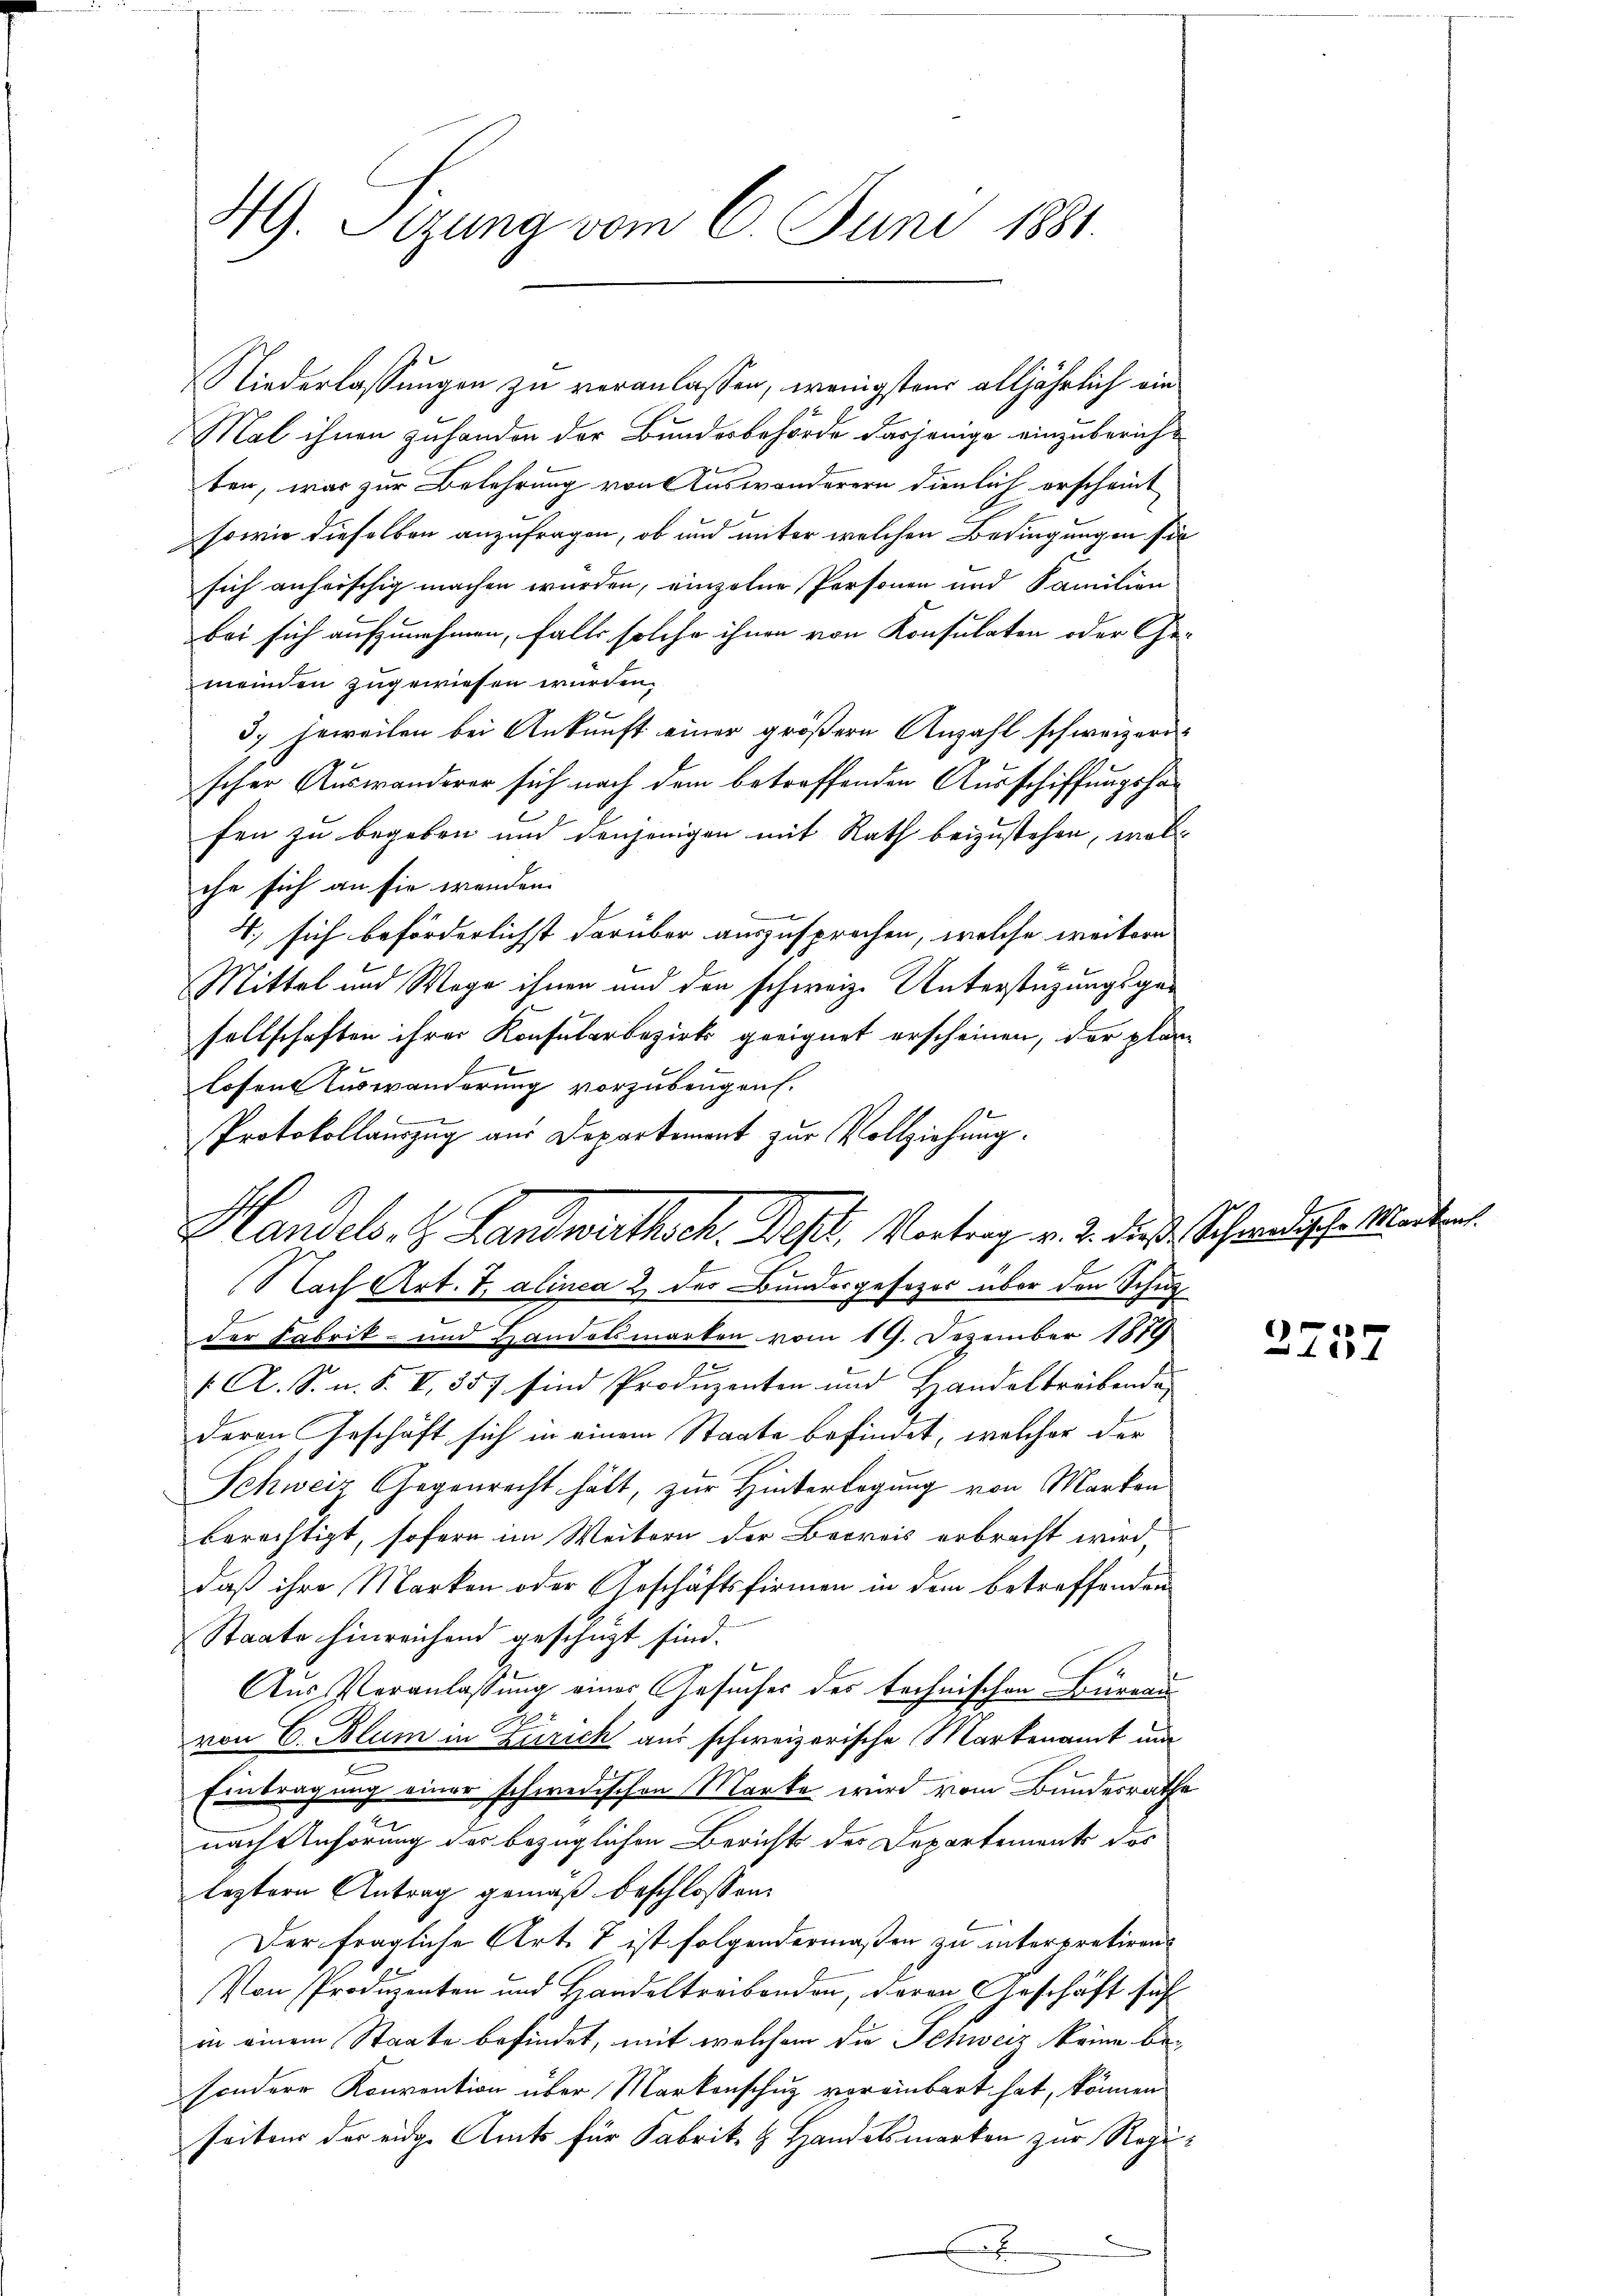
49. Sizung vom 6. Juni 1881.

Niederlassungen zu veranlassen, wenigstens alljährlich ein
Mal ihnen zuhanden der Bundesbehörde dasjenige einzuberichten, war zur Belehrung von Auswanderern dienlich erscheint
sowie dieselben anzufragen, ob und unter welchen Bedingungen sie
sich anheischig machen wurden, einzelne Personen und Familien
bei sich aufzunehmen, falls solche ihnen von Konsulaten oder Ge-
meinden zugewiesen wurden.
37 jeweilen bei Ankunft einer größere Anzahl schweizerischer Auswanderer sich nach dem betreffenden Ausschiffungshas
fen zu begeben und denjenigen mit Rath beizustehen, woll
che sich an sie wenden.
4., sich beförderlichst darüber auszusprochen, welche weitern
Mittel und Wege ihnen und den schweiz. Unterstüzungsgesellschaften ihrer Konsularbezirks geeignet erscheinen, der plan
1
losen Auswanderung vorzubeugen.
e
Protokollauszug aus Departement zur Vollziehung.
Nach Art. 7, alinea 2 des Bundesgesezes über den Schulder Fabrik- und Handelsmarken vom 19. Dezember 1879
/A. S. n. F. VI, 357 sind Produzenten und Handeltreibende
deren Geschäft sich in einem Staate befindet, welcher der
Schweiz Gegenrecht hält, zur Hinterlegung von Markon
berechtigt, sofern im Weitern der Berreis erbracht wird,
daß ihre Marken oder Geschäftsfirmen in dem betreffenden
Staate hinreichend geschüzt sind.
Aus Veranlassung einer Gesuches des technischen Bureau
von E. Blum in Zürich aus schweizerische Martenamt um
Eintragung einer schwedischen Marke wird vom Bundesrathe
nach Anhörung der bezüglichen Berichts des Departemente des
leztern Antrag gemäß beschlossen:
Der fragliche Art. 7 ist folgendermaßen zu interpretiren.
Von Produzenten und Handeltreibenden, deren Geschäft sich
in einem Staate befindet, mit welchem die Schweiz keine besondere Konvention über Markenschuz voreinbart hat, können
seitens der eidge Amts für Fabrik- & Handelsmarken zur Regi¬

Handels. H. Landwirthsch. Dest. Vortrag v. 2. diese Schwedische Mater

4
101